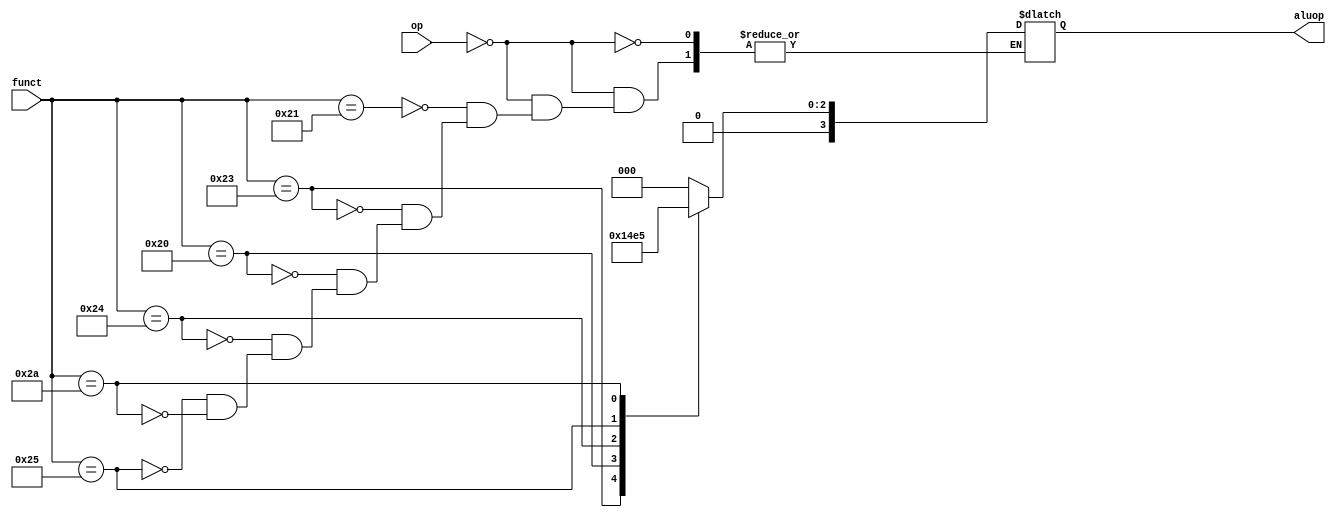
module ctrl(aluop,op,funct);

output reg [3:0] aluop;
input [5:0] op;
input [5:0] funct;

always@(op or funct)
	if(op==6'b000000) begin
		case(funct)
		6'b100001:aluop=4'b0000;//addu
		6'b100011:aluop=4'b0001;//subu
		6'b100000:aluop=4'b0010;//add
		6'b100100:aluop=4'b0011;//and
		6'b100101:aluop=4'b0100;//or
		6'b101010:aluop=4'b0101;//slt
		endcase
	end

endmodule